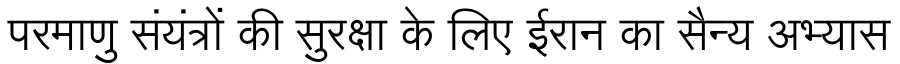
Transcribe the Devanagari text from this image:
परमाणु संयंत्रों की सुरक्षा के लिए ईरान का सैन्य अभ्यास